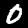
Digit: 0